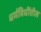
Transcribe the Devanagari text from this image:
धर्मविधींतील